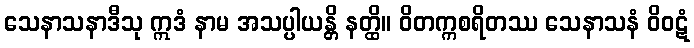
သေနာသနာဒီသု ဣဒံ နာမ အသပ္ပါယန္တိ နတ္ထိ။ ဝိတက္ကစရိတဿ သေနာသနံ ဝိဝဋံ